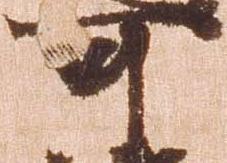
可